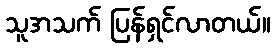
သူအသက် ပြန်ရှင်လာတယ်။